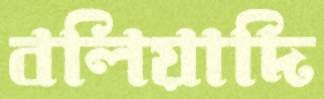
বলিয়াদি